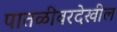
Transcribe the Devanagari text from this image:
पातळीवरदेखील